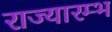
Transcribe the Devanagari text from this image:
राज्यारम्भ